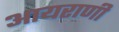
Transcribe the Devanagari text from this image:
आयराणी